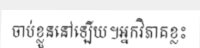
ចាប់ខ្លួននៅឡើយ។អ្នកវិភាគខ្លះ